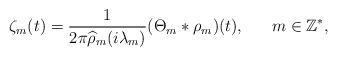
\begin{align*} \zeta_m(t)=\frac{1}{2\pi\widehat{\rho}_m(i\lambda_m)}(\Theta_m*\rho_m)(t), \ \ \ \ \ m\in\mathbb{Z}^*,\end{align*}